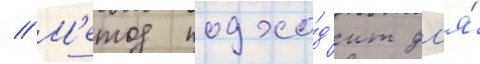
// М'етод подхо́д'ит дл'я́